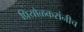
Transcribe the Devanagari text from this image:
प्रियोळकरांनीच